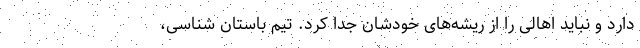
دارد و نباید اهالی را از ریشه‌های خودشان جدا کرد. تیم باستان شناسی،